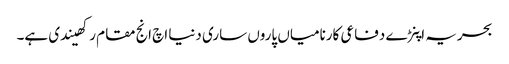
بحریہ اپنڑے دفاعی کارنامیاں پاروں ساری دنیا اچ انج مقام رکھیندی ہے۔